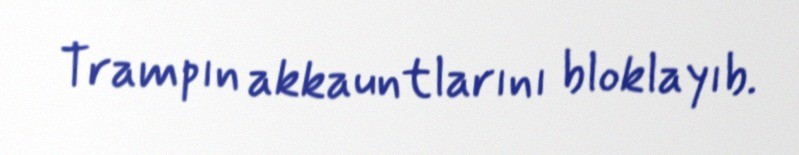
Trampın akkauntlarını bloklayıb.